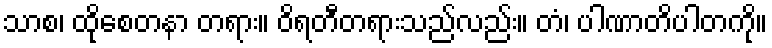
သာစ၊ ထိုစေတနာ တရား။ ဝိရတီတရားသည်လည်း။ တံ၊ ပါဏာတိပါတကို။